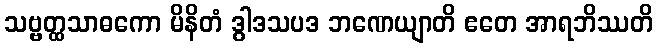
သဗ္ဗတ္ထသာဓကော မိနိတံ ဒွါဒသပဒ ဘဏေယျာတိ ဧတေ အာရဘိဿတိ